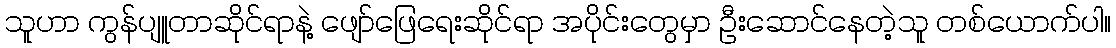
သူဟာ ကွန်ပျူတာဆိုင်ရာနဲ့ ဖျော်ဖြေရေးဆိုင်ရာ အပိုင်းတွေမှာ ဦးဆောင်နေတဲ့သူ တစ်ယောက်ပါ။